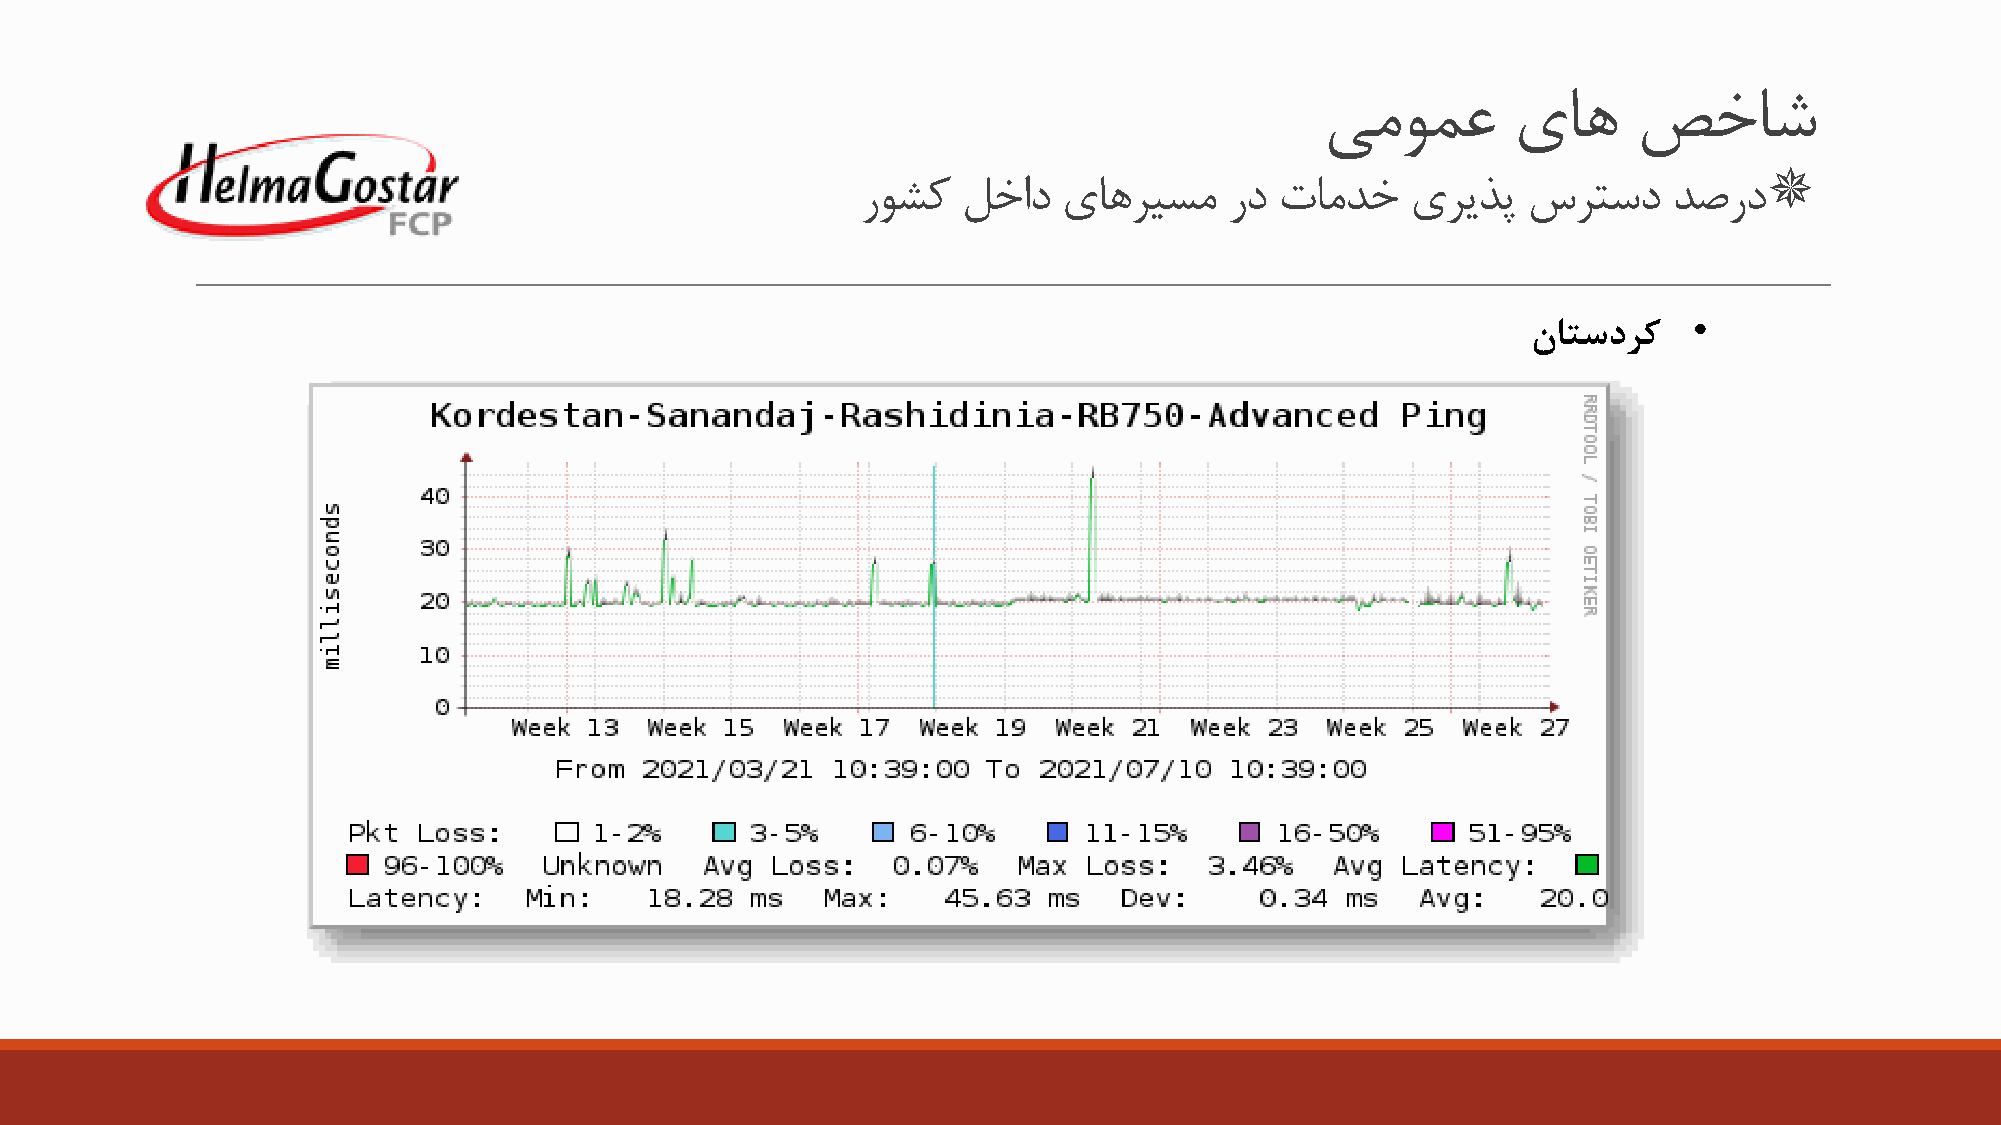
یمومع       یاه     صخاش
 
 روشک   لخاد  یاهریسم    رد  تامدخ   یريذپ   سرتسد     دصرد
 •
 ناتسدرک